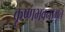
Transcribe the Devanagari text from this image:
कृष्णभवनामृत